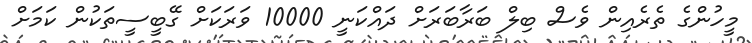
މީހުންގެ ތެރެއިން ވެސް ބިލް ބަރާބަރަށް ދައްކަނީ 10000 ވަރަކަށް ގޭބީސީތަކުން ކަމަށް